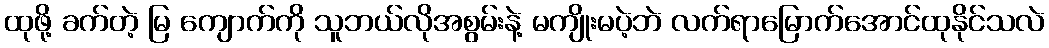
ထုဖို့ ခက်တဲ့ မြ ကျောက်ကို သူဘယ်လိုအစွမ်းနဲ့ မကျိုးမပဲ့ဘဲ လက်ရာမြောက်အောင်ထုနိုင်သလဲ